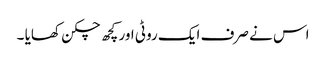
اس نے صرف ایک روٹی اور کچھ چکن کھایا ۔